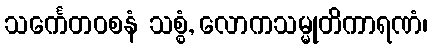
သင်္ကေတဝစနံ သစ္စံ, လောကသမ္မုတိကာရဏံ၊